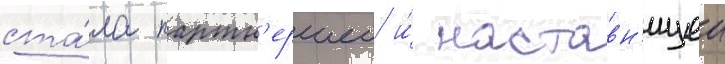
ста́ла партн'ершеи и́ наставн'ицеи